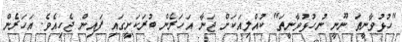
"ހުޅުވާނީތަ ނޫނީ ނުހުޅުވާނީތަ" ކުއްލިއަކަށް ޖަނާ އަހަރެން ބުރަކަށީގައި ފައިން ޖެހިއެވެ. އަހަރެން